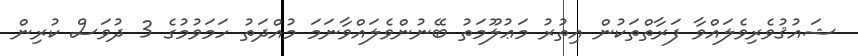
ޝައުޤުވެރިވެލައްވާ ފަރާތްތަކުން އިތުރު މަޢުލޫމަތު ބޭނުންވެލައްވާނަމަ މުއްދަތު ހަމަވުމުގެ 3 ދުވަސް ކުރިން